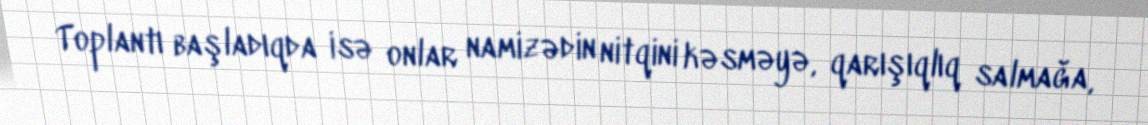
Toplantı başladıqda isə onlar namizədin nitqini kəsməyə, qarışıqlıq salmağa,